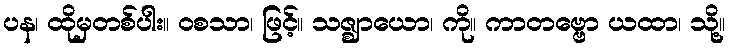
ပန၊ ထိုမှတစ်ပါး။ ဝစသာ၊ ဖြင့်။ သဇ္ဈာယော၊ ကို။ ကာတဗ္ဗော ယထာ၊ သို့။